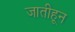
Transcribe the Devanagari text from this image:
जातीहून